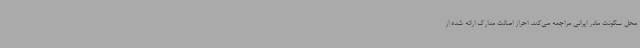
محل سکونت مادر ایرانی مراجعه می‌کند. احراز اصالت مدارک ارائه شده از